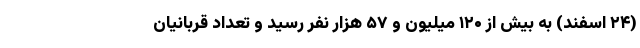
(۲۴ اسفند) به بیش از ۱۲۰ میلیون و ۵۷ هزار نفر رسید و تعداد قربانیان